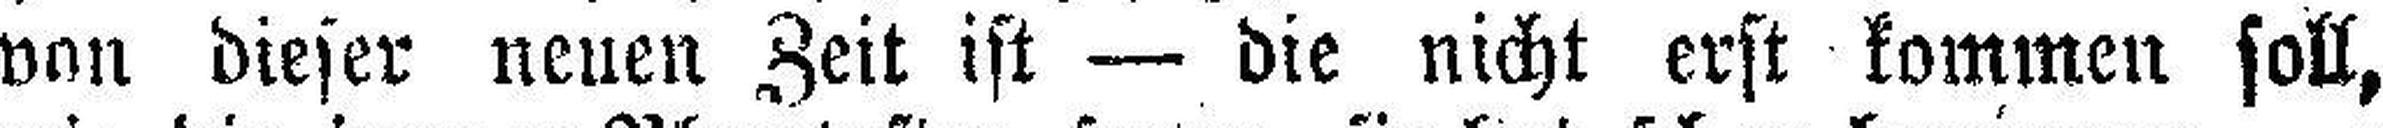
von dieser neuen Zeit ist — die nicht erst kommen soll,